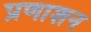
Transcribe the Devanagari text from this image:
प्रणाशन